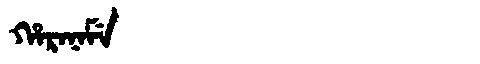
Manchu: ᡥᠠᡵᠠᠨᠠᠮᡝ
Romanization: HARANAME